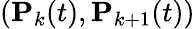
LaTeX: (\mathbf{P}_{k}(t),\mathbf{P}_{k+1}(t))